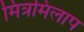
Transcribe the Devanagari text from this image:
मित्रमिलाप